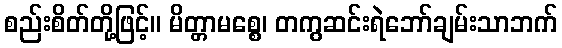
စည်းစိတ်တို့ဖြင့်။ မိတ္တာမစ္စေ၊ တကွဆင်းရဲဘော်ချမ်းသာဘက်